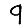
Digit: 9